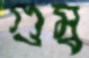
গুম্ব